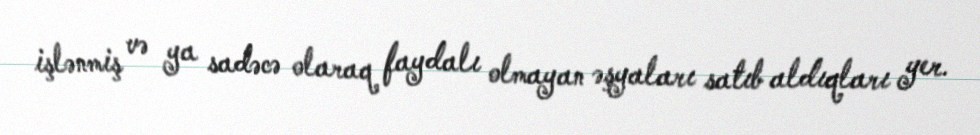
işlənmiş və ya sadəcə olaraq faydalı olmayan əşyaları satıb aldıqları yer.